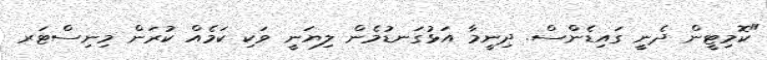
"ކޮމިޓީން ދެނީ ގައިޑެންސް. ދިނީމާ އަޅުގަނޑުމެން ލިޔަނީ ވަކި ކަމެއް ކުރަން މިނިސްޓަރ